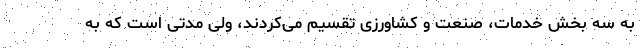
به سه بخش خدمات، صنعت و کشاورزی تقسیم می‌کردند، ولی مدتی است که به